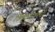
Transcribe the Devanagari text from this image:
ठिकाणांवरची